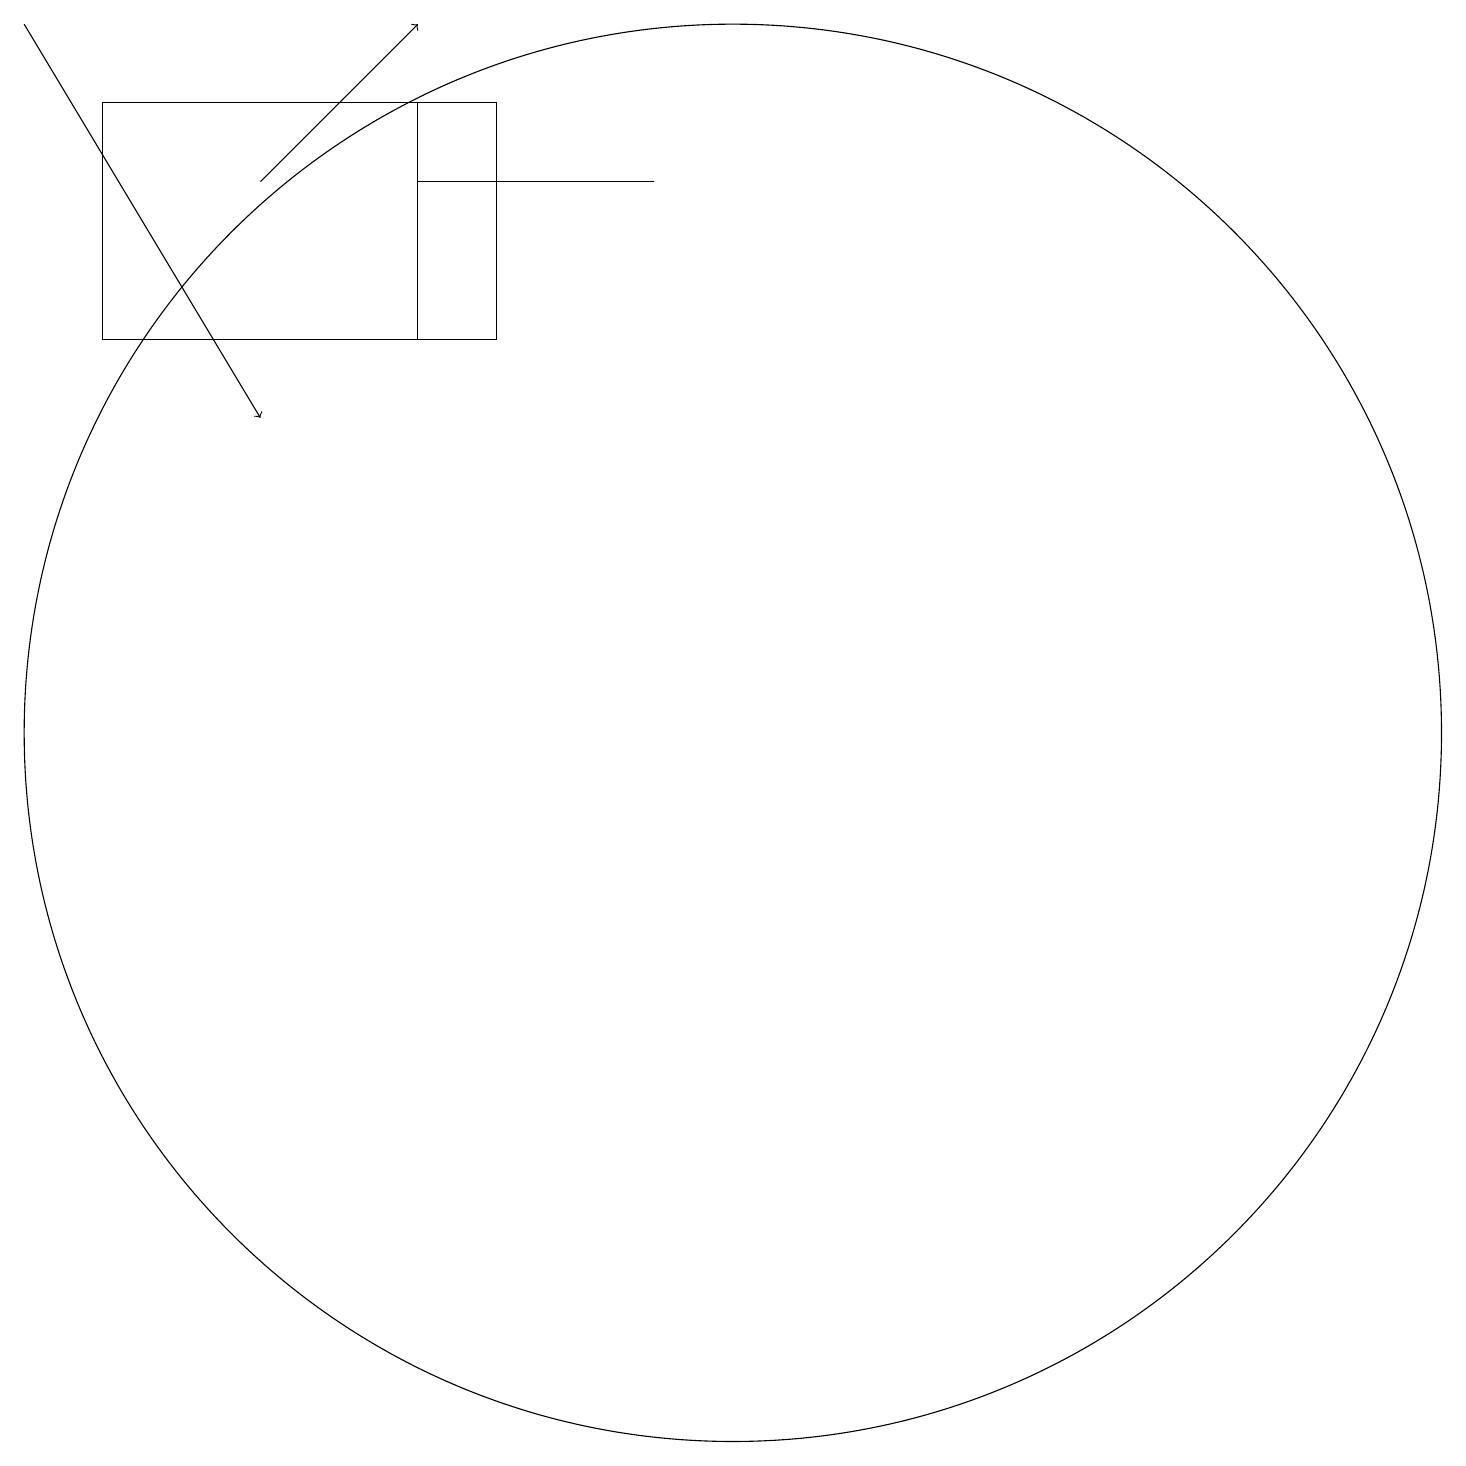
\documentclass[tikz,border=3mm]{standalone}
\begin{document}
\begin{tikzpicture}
\draw[->] (4,17) -- (6,19);
\draw (10,10) circle (9);
\draw (6,15) rectangle (2,18);
\draw (7,18) rectangle (2,15);
\draw (7,17) rectangle (9,17);
\draw[->] (1,19) -- (4,14);
\draw (6,17) rectangle (7,17);
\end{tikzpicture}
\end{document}